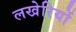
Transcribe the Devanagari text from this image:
लखेरियों